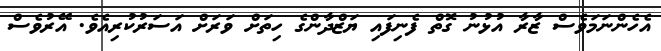
އެހެންނަމަވެސް ޒާރާ އުޅުނު ގޮތް ފެނިފައި ޔަޒްދާންގެ ހިތަށް ވަރަށް އަސަރުކުރިއެވެ. އޭރުވެސް